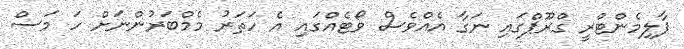
ޕާލިމެންޓްރީ ގްރޫޕްގައި ނަގާ އެއްވެސް ވޯޓެއްގައި އެ ހަތަރު މެމްބަރުންނަށް ހަ މަސް